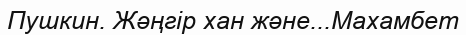
Пушкин. Жәңгір хан және...Махамбет